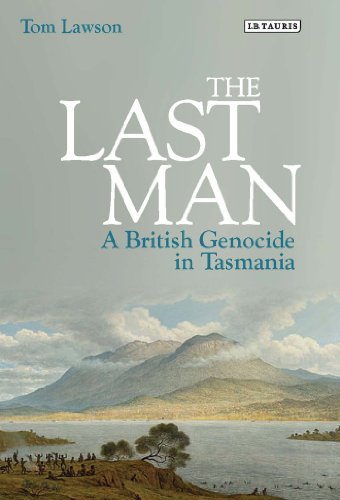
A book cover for The Last Man: A British Genocide in Tasmania; Tom Lawson; History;